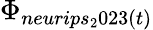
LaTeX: \Phi_{neurips_{2}023(t)}